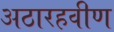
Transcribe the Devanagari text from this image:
अठारहवीण